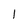
Character: l